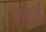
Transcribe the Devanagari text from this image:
खेड़ई